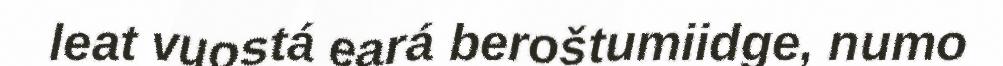
leat vuostá eará beroštumiidge, numo